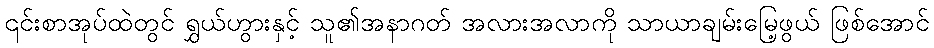
၎င်းစာအုပ်ထဲတွင် ရွှယ်ဟွားနှင့် သူ၏အနာဂတ် အလားအလာကို သာယာချမ်းမြေ့ဖွယ် ဖြစ်အောင်